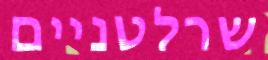
שרלטניים